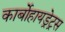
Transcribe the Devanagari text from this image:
कार्बोहायड्रेट्रस